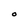
Character: O